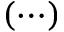
( \cdots )